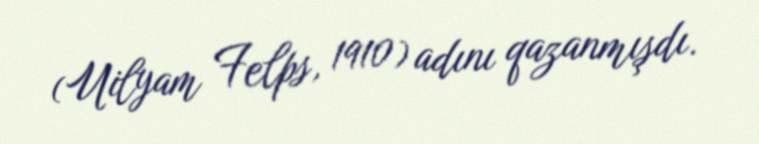
(Uilyam Felps, 1910) adını qazanmışdı.